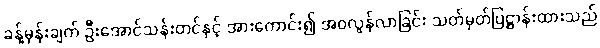
ခန့်မှန်းချက် ဦးအောင်သန်းတင်နှင့် အားကောင်း၍ အဝလွန်လာခြင်း သတ်မှတ်ပြဋ္ဌာန်းထားသည်